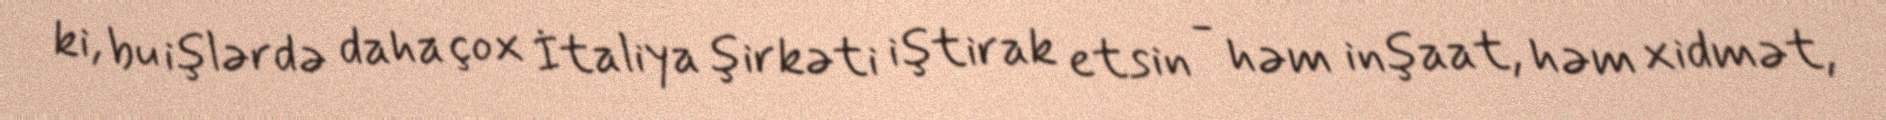
ki, bu işlərdə daha çox İtaliya şirkəti iştirak etsin - həm inşaat, həm xidmət,